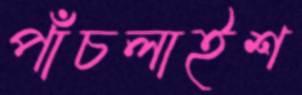
পাঁচলাইশ